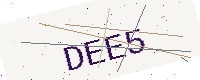
Text: DEE5